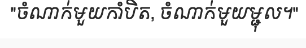
"ចំណាក់មួយកាំបិត, ចំណាក់មួយម្ជុល។"